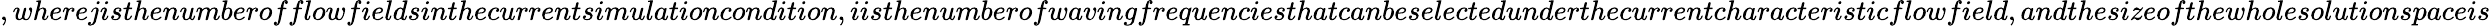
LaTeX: ,where\textit{j}isthenumberofflowfieldsinthecurrentsimulationcondition,\textit{i}isthenumberofwavingfrequenciesthatcanbeselectedunderthecurrentcharacteristicflowfield,andthesizeofthewholesolutionspaceis